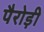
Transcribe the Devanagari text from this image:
पैरोड़ी